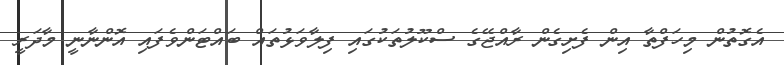
އެގޮތުން މިހަފްތާ އިން ފެށިގެން ރާއްޖޭގެ ސްކޫލުތަކުގައި ފިލާވަޅުތައް ބައްޓަންވެފައި އޮންނާނީ މާދަރީ